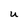
Character: U